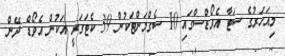
މިއަހަރުގެ ސަޓާ އެވޯޑްސްގައި 10 ސެގްމަންޓަކުން 39 ކެޓަގަރީ އަކުން އެވޯޑް ދޭން